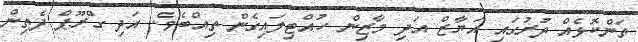
ތަންކޮޅެއް ދުރުގައި އަޔާޒް އަދި މާޒިން ހުއްޓިލައިގެން ތިއްބެވެ. އަދި ގްރޫޕް ދެތިން